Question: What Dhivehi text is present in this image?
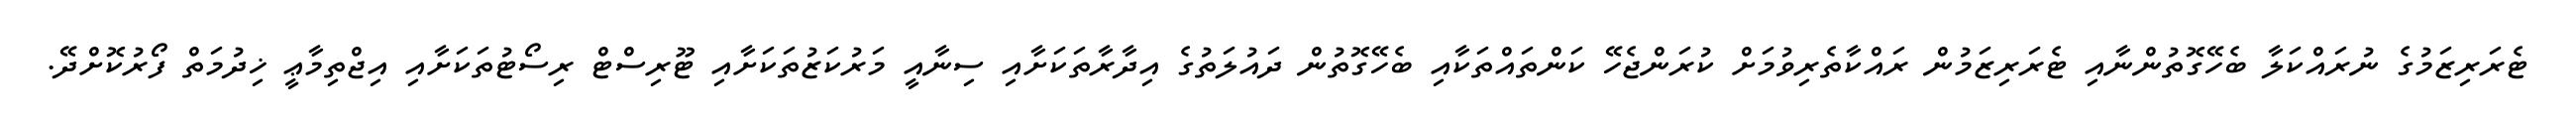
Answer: ޓެރަރިޒަމުގެ ނުރައްކަލާ ބެހޭގޮތުންނާއި ޓެރަރިޒަމުން ރައްކާތެރިވުމަށް ކުރަންޖެހޭ ކަންތައްތަކާއި ބެހޭގޮތުން ދައުލަތުގެ އިދާރާތަކަށާއި ސިނާއީ މަރުކަޒުތަކަށާއި ޓޫރިސްޓް ރިސޯޓުތަކަށާއި އިޖްތިމާޢީ ޚިދުމަތް ފޯރުކޮށްދޭ.